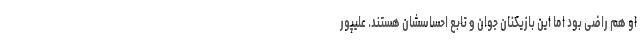
او هم راضی بود اما این بازیکنان جوان و تابع احساسشان هستند. علیپور